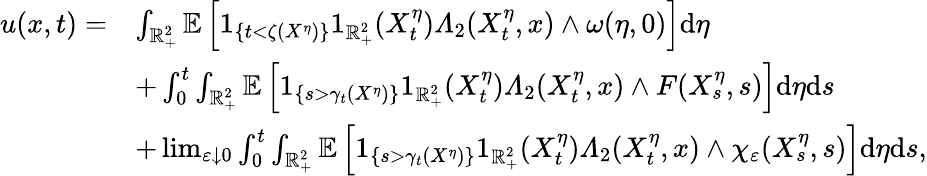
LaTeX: \begin{array}{rl}{u(x,t)=}&{\int_{\mathbb{R}_{+}^{2}}\mathbb{E}\left[1_{\{ t<\zeta(X^{\eta})\} }1_{\mathbb{R}_{+}^{2}}(X_{t}^{\eta})\varLambda_{2}(X_{t}^{\eta},x)\wedge\omega(\eta,0)\right]\mathrm{d}\eta}\\ &{+\int_{0}^{t}\int_{\mathbb{R}_{+}^{2}}\mathbb{E}\left[1_{\left\{ s>\gamma_{t}(X^{\eta})\right\} }1_{\mathbb{R}_{+}^{2}}(X_{t}^{\eta})\varLambda_{2}(X_{t}^{\eta},x)\wedge F(X_{s}^{\eta},s)\right]\mathrm{d}\eta\mathrm{d}s}\\ &{+\operatorname*{lim}_{\varepsilon\downarrow 0}\int_{0}^{t}\int_{\mathbb{R}_{+}^{2}}\mathbb{E}\left[1_{\left\{ s>\gamma_{t}(X^{\eta})\right\} }1_{\mathbb{R}_{+}^{2}}(X_{t}^{\eta})\varLambda_{2}(X_{t}^{\eta},x)\wedge\chi_{\varepsilon}(X_{s}^{\eta},s)\right]\mathrm{d}\eta\mathrm{d}s,}\end{array}